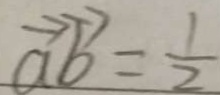
\overrightarrow { a } \overrightarrow { b } = \frac { 1 } { 2 }